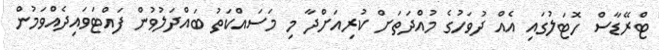
ޓްރޭޑާސް ހޮޓަލުގައި އެއް ދުވަހުގެ މުއްދަތަށް ކުރިއަށްދާ މި މަސައްކަތު ބައްދަލުވުން ފައްޓަވައިދެއްވަމުން